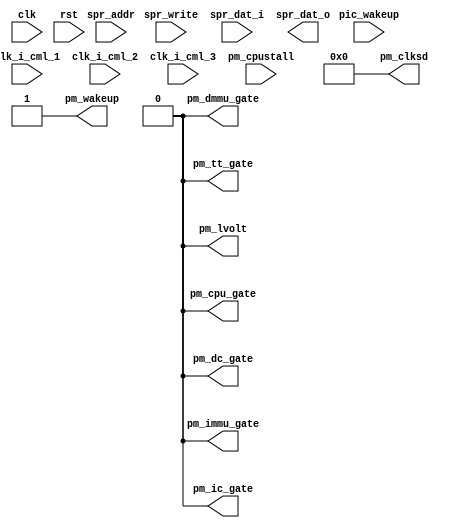
module or1200_pm_cm4(
		clk_i_cml_1,
		clk_i_cml_2,
		clk_i_cml_3,
		
	// RISC Internal Interface
	clk, rst, pic_wakeup, spr_write, spr_addr, spr_dat_i, spr_dat_o,
	
	// Power Management Interface
	pm_clksd, pm_cpustall, pm_dc_gate, pm_ic_gate, pm_dmmu_gate,
	pm_immu_gate, pm_tt_gate, pm_cpu_gate, pm_wakeup, pm_lvolt
);


input clk_i_cml_1;
input clk_i_cml_2;
input clk_i_cml_3;
reg  spr_write_cml_3;
reg  spr_write_cml_2;
reg  spr_write_cml_1;
reg [ 31 : 0 ] spr_addr_cml_3;
reg [ 31 : 0 ] spr_addr_cml_2;
reg [ 31 : 0 ] spr_addr_cml_1;
reg [ 31 : 0 ] spr_dat_i_cml_3;
reg [ 31 : 0 ] spr_dat_i_cml_2;
reg [ 31 : 0 ] spr_dat_i_cml_1;
reg  pm_cpustall_cml_3;
reg  pm_cpustall_cml_2;
reg  pm_cpustall_cml_1;
reg [ 3 : 0 ] sdf_cml_3;
reg [ 3 : 0 ] sdf_cml_2;
reg [ 3 : 0 ] sdf_cml_1;
reg  dme_cml_3;
reg  dme_cml_2;
reg  dme_cml_1;
reg  sme_cml_3;
reg  sme_cml_2;
reg  sme_cml_1;
reg  dcge_cml_3;
reg  dcge_cml_2;
reg  dcge_cml_1;



//
// RISC Internal Interface
//
input		clk;		// Clock
input		rst;		// Reset
input		pic_wakeup;	// Wakeup from the PIC
input		spr_write;	// SPR Read/Write
input	[31:0]	spr_addr;	// SPR Address
input	[31:0]	spr_dat_i;	// SPR Write Data
output	[31:0]	spr_dat_o;	// SPR Read Data

//
// Power Management Interface
//
input		pm_cpustall;	// Stall the CPU
output	[3:0]	pm_clksd;	// Clock Slowdown factor
output		pm_dc_gate;	// Gate DCache clock
output		pm_ic_gate;	// Gate ICache clock
output		pm_dmmu_gate;	// Gate DMMU clock
output		pm_immu_gate;	// Gate IMMU clock
output		pm_tt_gate;	// Gate Tick Timer clock
output		pm_cpu_gate;	// Gate main RISC/CPU clock
output		pm_wakeup;	// Activate (de-gate) all clocks
output		pm_lvolt;	// Lower operating voltage

`ifdef OR1200_PM_IMPLEMENTED

//
// Power Management Register bits
//
reg	[3:0]	sdf;	// Slow-down factor
reg		dme;	// Doze Mode Enable
reg		sme;	// Sleep Mode Enable
reg		dcge;	// Dynamic Clock Gating Enable

//
// Internal wires
//
wire		pmr_sel; // PMR select

//
// PMR address decoder (partial decoder)
//
`ifdef OR1200_PM_PARTIAL_DECODING

// SynEDA CoreMultiplier
// assignment(s): pmr_sel
// replace(s): spr_addr
assign pmr_sel = (spr_addr_cml_3[`OR1200_SPR_GROUP_BITS] == `OR1200_SPRGRP_PM) ? 1'b1 : 1'b0;
`else
assign pmr_sel = ((spr_addr[`OR1200_SPR_GROUP_BITS] == `OR1200_SPRGRP_PM) &&
		  (spr_addr[`OR1200_SPR_OFS_BITS] == `OR1200_PM_OFS_PMR)) ? 1'b1 : 1'b0;
`endif

//
// Write to PMR and also PMR[DME]/PMR[SME] reset when
// pic_wakeup is asserted
//

// SynEDA CoreMultiplier
// assignment(s): sdf, dme, sme, dcge
// replace(s): spr_write, spr_dat_i, sdf, dme, sme, dcge
always @(posedge clk or posedge rst)
	if (rst)
		{dcge, sme, dme, sdf} <= 7'b0;
	else begin  dcge <= dcge_cml_3; sme <= sme_cml_3; dme <= dme_cml_3; sdf <= sdf_cml_3; if (pmr_sel && spr_write_cml_3) begin
		sdf <= #1 spr_dat_i_cml_3[`OR1200_PM_PMR_SDF];
		dme <= #1 spr_dat_i_cml_3[`OR1200_PM_PMR_DME];
		sme <= #1 spr_dat_i_cml_3[`OR1200_PM_PMR_SME];
		dcge <= #1 spr_dat_i_cml_3[`OR1200_PM_PMR_DCGE];
	end
	else if (pic_wakeup) begin
		dme <= #1 1'b0;
		sme <= #1 1'b0;
	end end

//
// Read PMR
//
`ifdef OR1200_PM_READREGS
assign spr_dat_o[`OR1200_PM_PMR_SDF] = sdf_cml_1;
assign spr_dat_o[`OR1200_PM_PMR_DME] = dme_cml_1;
assign spr_dat_o[`OR1200_PM_PMR_SME] = sme_cml_1;
assign spr_dat_o[`OR1200_PM_PMR_DCGE] = dcge_cml_1;
`ifdef OR1200_PM_UNUSED_ZERO

// SynEDA CoreMultiplier
// assignment(s): spr_dat_o
// replace(s): sdf, dme, sme, dcge
assign spr_dat_o[`OR1200_PM_PMR_UNUSED] = 25'b0;
`endif
`endif

//
// Generate pm_clksd
//

// SynEDA CoreMultiplier
// assignment(s): pm_clksd
// replace(s): sdf
assign pm_clksd = sdf_cml_3;

//
// Statically generate all clock gate outputs
// TODO: add dynamic clock gating feature
//

// SynEDA CoreMultiplier
// assignment(s): pm_cpu_gate
// replace(s): dme, sme
assign pm_cpu_gate = (dme_cml_3 | sme_cml_3) & ~pic_wakeup;
assign pm_dc_gate = pm_cpu_gate;
assign pm_ic_gate = pm_cpu_gate;
assign pm_dmmu_gate = pm_cpu_gate;
assign pm_immu_gate = pm_cpu_gate;

// SynEDA CoreMultiplier
// assignment(s): pm_tt_gate
// replace(s): sme
assign pm_tt_gate = sme_cml_3 & ~pic_wakeup;

//
// Assert pm_wakeup when pic_wakeup is asserted
//
assign pm_wakeup = pic_wakeup;

//
// Assert pm_lvolt when pm_cpu_gate or pm_cpustall are asserted
//

// SynEDA CoreMultiplier
// assignment(s): pm_lvolt
// replace(s): pm_cpustall
assign pm_lvolt = pm_cpu_gate | pm_cpustall_cml_3;

`else

//
// When PM is not implemented, drive all outputs as would when PM is disabled
//
assign pm_clksd = 4'b0;
assign pm_cpu_gate = 1'b0;
assign pm_dc_gate = 1'b0;
assign pm_ic_gate = 1'b0;
assign pm_dmmu_gate = 1'b0;
assign pm_immu_gate = 1'b0;
assign pm_tt_gate = 1'b0;
assign pm_wakeup = 1'b1;
assign pm_lvolt = 1'b0;

//
// Read PMR
//
`ifdef OR1200_PM_READREGS
assign spr_dat_o[`OR1200_PM_PMR_SDF] = 4'b0;
assign spr_dat_o[`OR1200_PM_PMR_DME] = 1'b0;
assign spr_dat_o[`OR1200_PM_PMR_SME] = 1'b0;
assign spr_dat_o[`OR1200_PM_PMR_DCGE] = 1'b0;
`ifdef OR1200_PM_UNUSED_ZERO
assign spr_dat_o[`OR1200_PM_PMR_UNUSED] = 25'b0;
`endif
`endif

`endif


always @ (posedge clk_i_cml_1) begin
spr_write_cml_1 <= spr_write;
spr_addr_cml_1 <= spr_addr;
spr_dat_i_cml_1 <= spr_dat_i;
pm_cpustall_cml_1 <= pm_cpustall;
sdf_cml_1 <= sdf;
dme_cml_1 <= dme;
sme_cml_1 <= sme;
dcge_cml_1 <= dcge;
end
always @ (posedge clk_i_cml_2) begin
spr_write_cml_2 <= spr_write_cml_1;
spr_addr_cml_2 <= spr_addr_cml_1;
spr_dat_i_cml_2 <= spr_dat_i_cml_1;
pm_cpustall_cml_2 <= pm_cpustall_cml_1;
sdf_cml_2 <= sdf_cml_1;
dme_cml_2 <= dme_cml_1;
sme_cml_2 <= sme_cml_1;
dcge_cml_2 <= dcge_cml_1;
end
always @ (posedge clk_i_cml_3) begin
spr_write_cml_3 <= spr_write_cml_2;
spr_addr_cml_3 <= spr_addr_cml_2;
spr_dat_i_cml_3 <= spr_dat_i_cml_2;
pm_cpustall_cml_3 <= pm_cpustall_cml_2;
sdf_cml_3 <= sdf_cml_2;
dme_cml_3 <= dme_cml_2;
sme_cml_3 <= sme_cml_2;
dcge_cml_3 <= dcge_cml_2;
end
endmodule